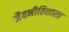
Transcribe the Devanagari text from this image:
जैवनीतिशास्त्र